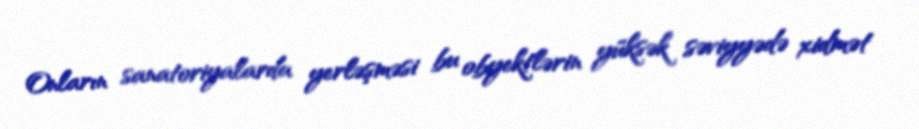
Onların sanatoriyalarda yerləşməsi bu obyektlərin yüksək səviyyədə xidmət